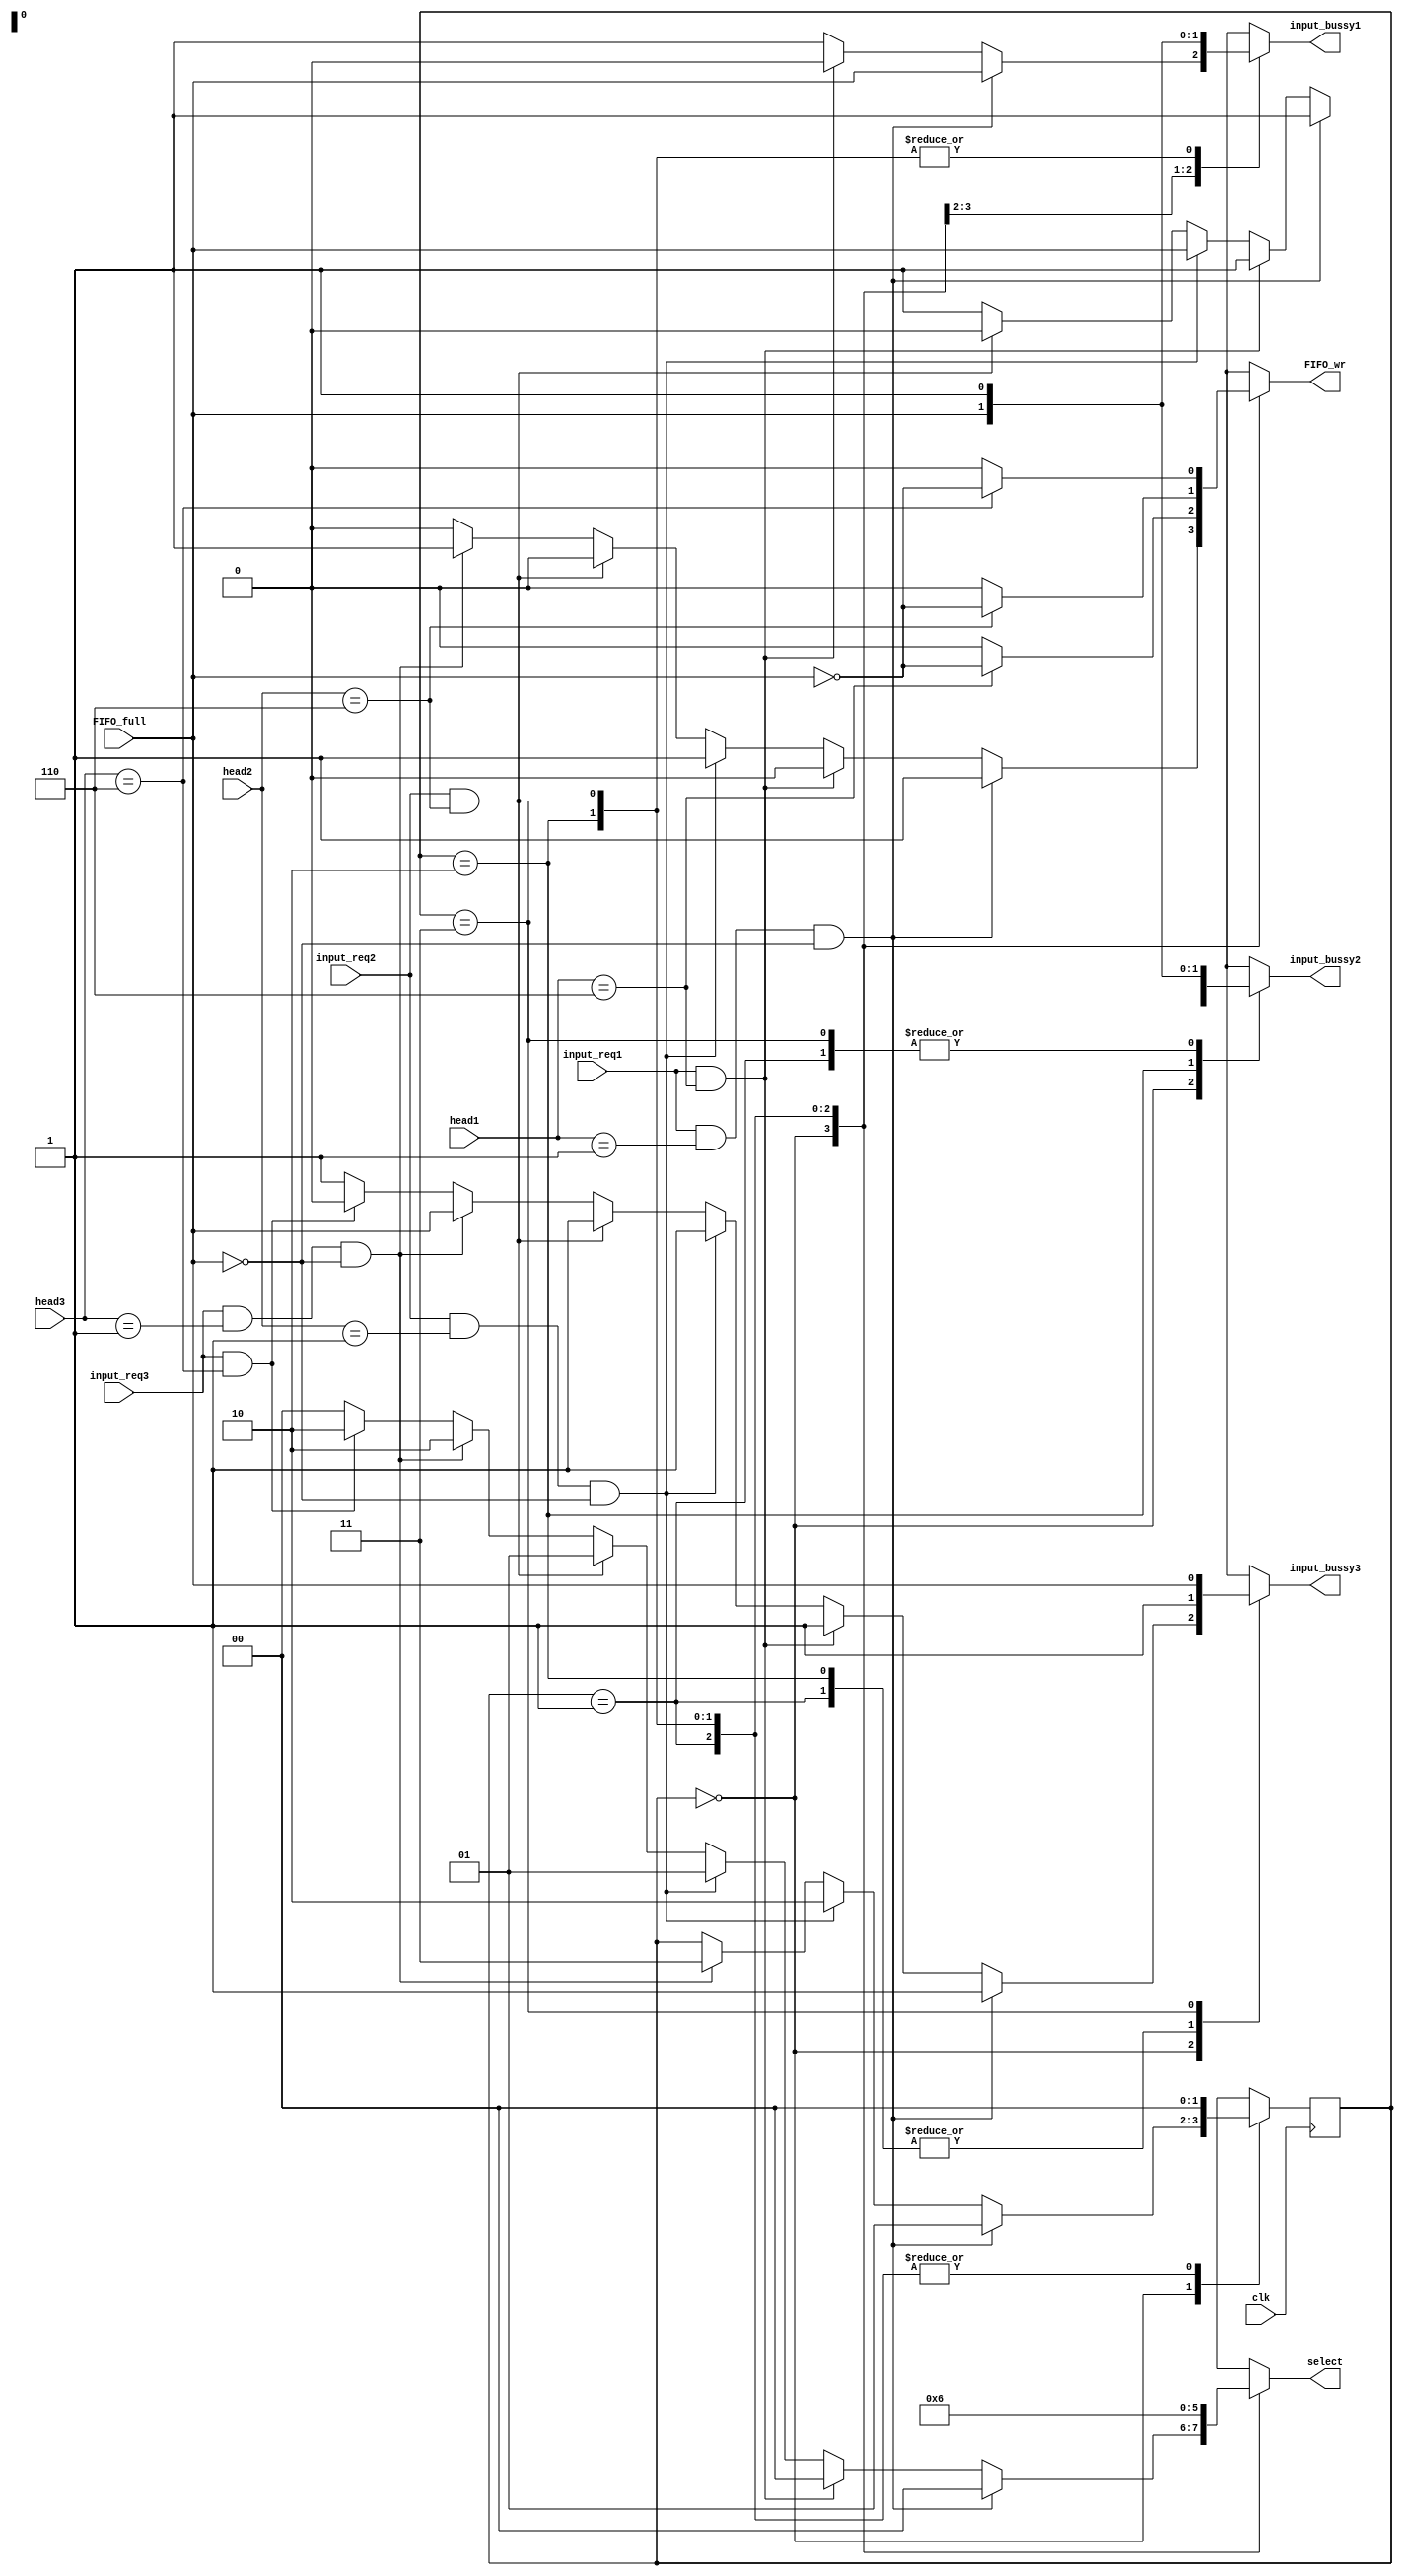


module i3_router_FIFO_wrctrl(
	clk,
	input_req1,
	input_req2,
	input_req3,
	head1,
	head2,
	head3,
	input_bussy1,
	input_bussy2,
	input_bussy3,
	FIFO_full,
	FIFO_wr,
	select);
	
input clk;
input input_req1;
input input_req2;
input input_req3;
input [2:0] head1;
input [2:0] head2;
input [2:0] head3;
input FIFO_full;
output reg input_bussy1;
output reg input_bussy2;
output reg input_bussy3;
output reg FIFO_wr;
output reg [1:0] select;

reg [1:0] state_c;
reg [1:0] state_n;

parameter idle = 2'b00;
parameter port1_act = 2'b01;
parameter port2_act = 2'b10;
parameter port3_act = 2'b11;
parameter head = 3'b001;

initial
begin
state_c=idle;
end

always@(posedge clk) 
begin
state_c<=state_n;
end

always@(*)
begin
case(state_c)
	idle:
		begin
		if(input_req1&&(head1==head)&&(~FIFO_full)) state_n=port1_act;
		else if(input_req2&&(head2==head)&&(~FIFO_full)) state_n=port2_act;
		else if(input_req3&&(head3==head)&&(~FIFO_full)) state_n=port3_act;
		else state_n=state_c;
		end
	port1_act:begin state_n=idle;end
	port2_act:begin state_n=idle;end
	port3_act:begin state_n=idle;end
endcase
end

always@(*)
begin
case(state_c)
	idle:
		begin
		if(input_req1&&(head1==head)&&(~FIFO_full))
		begin
			select=2'b00;
			FIFO_wr=1;
			input_bussy1=FIFO_full;
			input_bussy2=1;
			input_bussy3=1;
		end
		else if(input_req1&&(head1==3'b110))
		begin
			select=2'b00;
			FIFO_wr=0;
			input_bussy1=0;
			input_bussy2=1;
			input_bussy3=1;
		end
		else if(input_req2&&(head2==head)&&(~FIFO_full))
		begin
			select=2'b01;
			FIFO_wr=1;
			input_bussy1=1;
			input_bussy2=FIFO_full;
			input_bussy3=1;
		end
		else if(input_req2&&(head2==3'b110))
		begin
			select=2'b01;
			FIFO_wr=0;
			input_bussy1=1;
			input_bussy2=0;
			input_bussy3=1;
		end
		else if(input_req3&&(head3==head)&&(~FIFO_full))
		begin
			select=2'b10;
			FIFO_wr=1;
			input_bussy1=1;
			input_bussy2=1;
			input_bussy3=FIFO_full;
		end
		else if(input_req3&&(head3==3'b110))
		begin
			select=2'b10;
			FIFO_wr=0;
			input_bussy1=1;
			input_bussy2=1;
			input_bussy3=0;
		end
		else 
		begin
			select=2'b00;
			FIFO_wr=0;
			input_bussy1=1;
			input_bussy2=1;
			input_bussy3=1;
		end
		end
	port1_act:
		begin
		FIFO_wr=(head1==3'b110)?(!FIFO_full):0;
		select=2'b00;
		input_bussy2=1;
		input_bussy1=FIFO_full;
		input_bussy3=1;
		end
	port2_act:
		begin
		FIFO_wr=(head2==3'b110)?(!FIFO_full):0;
		select=2'b01;
		input_bussy2=FIFO_full;
		input_bussy1=1;
		input_bussy3=1;
		end
	port3_act:
		begin
		FIFO_wr=(head3==3'b110)?(!FIFO_full):0;
		select=2'b10;
		input_bussy2=1;
		input_bussy1=1;
		input_bussy3=FIFO_full;
		end
endcase
end

endmodule